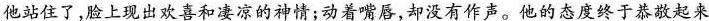
他站住了，脸上现出欢喜和凄凉的神情；动着嘴唇，却没有作声。他的态度终于恭敬起来